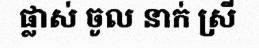
ផ្លាស់ ចូល នាក់ ស្រី